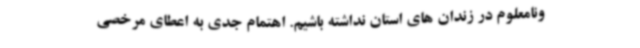
ونامعلوم در زندان های استان نداشته باشیم. اهتمام جدی به اعطای مرخصی